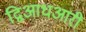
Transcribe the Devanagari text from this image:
द्विआधआरी